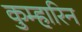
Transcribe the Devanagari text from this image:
कुम्हारिन